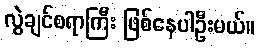
လွဲချင်စရာကြီး ဖြစ်နေပါဦးမယ်။